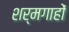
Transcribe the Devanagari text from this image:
शर्मगाहों